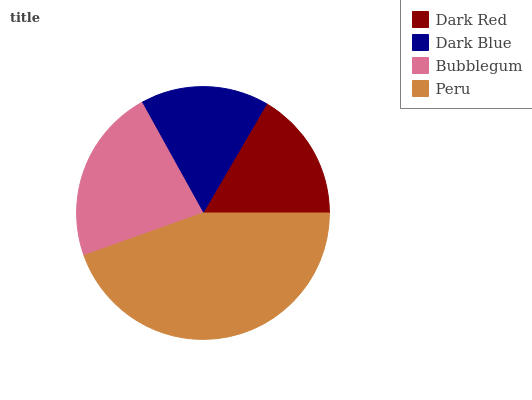
| Dark Red | Dark Blue | Bubblegum | Peru |
 | --- | --- | --- | --- |
 | 16.6% | 16.4% | 22.5% | 44.6% |